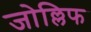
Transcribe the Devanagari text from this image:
जोल्लिफ